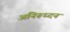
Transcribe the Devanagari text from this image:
अनिरूध्दन